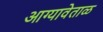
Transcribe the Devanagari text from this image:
आग्यावेताळ